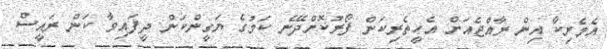
އެމެރިކާ އިން ރާއްޖެއަށް އެހީތެރިކަން ފޯރުކޮށްދޭނެ ކަމުގެ ޔަގީންކަން ދީފައިވާ ކަން ރައީސް